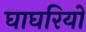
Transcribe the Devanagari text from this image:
घाघरियो